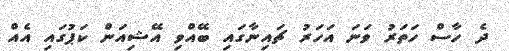
ދެ ހާސް ހަތަރު ވަނަ އަހަރު ޗައިނާގައި ބޭއްވި އޭޝިއަން ކަޕުގައި އެއް